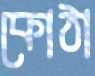
কোঠা